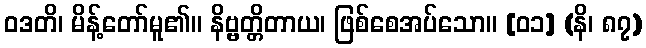
ဝဒတိ၊ မိန့်တော်မူ၏။ နိဗ္ဗတ္တိတာယ၊ ဖြစ်စေအပ်သော။ [၀၁] (နိ၊ ၈၇)